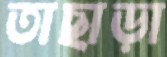
তাছাড়া